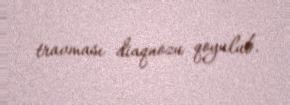
travması diaqnozu qoyulub.